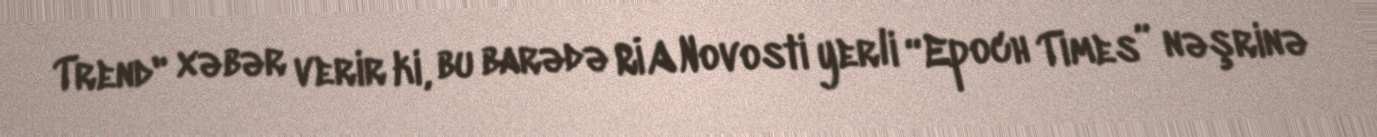
Trend" xəbər verir ki, bu barədə RİA Novosti yerli “Epoch Times” nəşrinə